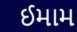
ઈમામ